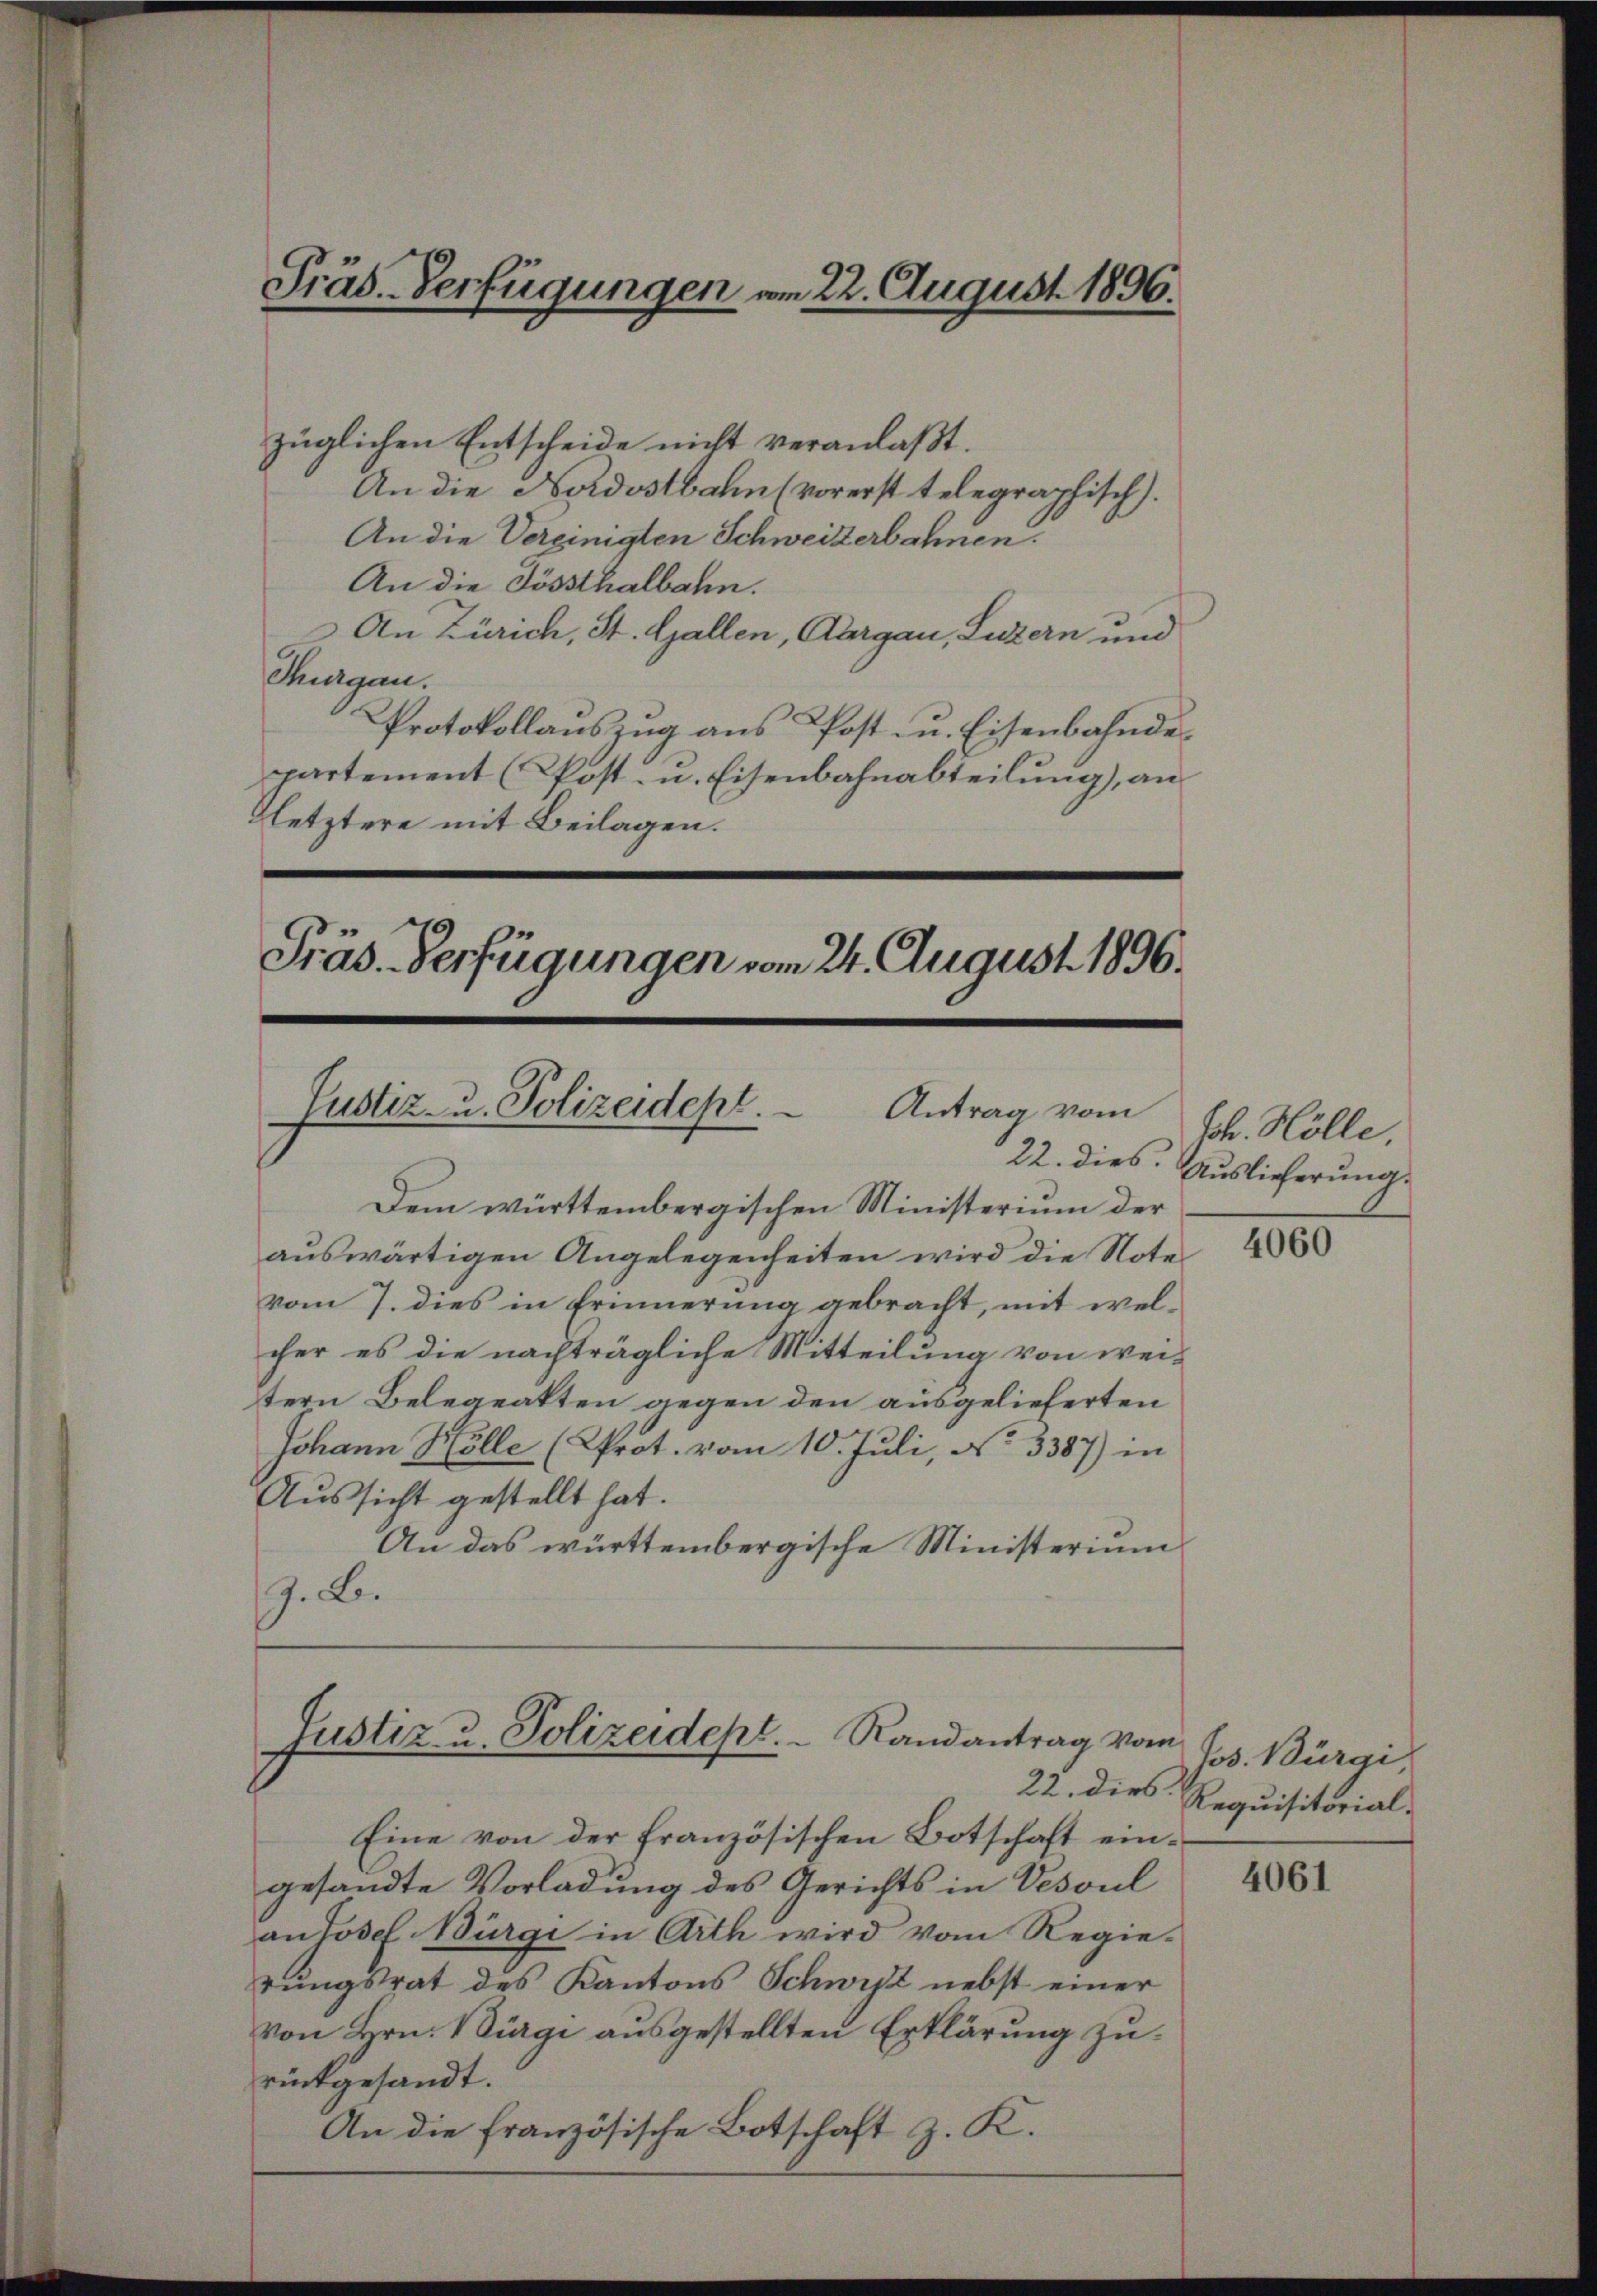
Präs. Verfügungen am 22. August 1896.

züglichen Entscheide nicht veranlaßt.
An die Nordostbahn (vorerst telegraphisch).
An die Vereinigten Schweizerbahnen.
An die Sössthalbahn.
An Zürich, St. Gallen, Aargau, Luzern und
Thurgau.
Protokollauszug aus Post- u. Eisenbahnde
partement (Post- u. Eisenbahnabteilung), an
letztere mit Beilagen.

Präs. Verfügungen vom 24. August 1896.
Justiz- u. Polizeidept.
Antrag vom
22. dies

Dem württembergischen Ministerium der
auswärtigen Angelegenheiten wird die Note
vom 7. dies in Erinnerung gebracht, mit welcher es die nachträgliche Mitteilung von wei-
tern Belegeakten gegen den ausgelieferten
Johann Hölle (Prot. vom 10. Juli, No 3387) in
Aussicht gestellt hat.
An das württembergische Ministerium
. B.

Justiz- u. Polizeidept. Randantrag vom
22. dies

Eine von der französischen Botschaft eingesandte Vorladung des Gerichts in Vesoul
au Josef Bürgi in Arth wird vom Regierungsrat des Kantons Schwist nebst einer
von Hrn. Bürgi ausgestellten Erklärung zurückgesandt.
An die französische Botschaft z. K.

Joh. Hölle
Auslieferung.

4060

Jos. Bürgi
Requisitorial-

4061